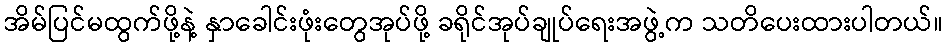
အိမ်ပြင်မထွက်ဖို့နဲ့ နှာခေါင်းဖုံးတွေအုပ်ဖို့ ခရိုင်အုပ်ချုပ်ရေးအဖွဲ့က သတိပေးထားပါတယ်။